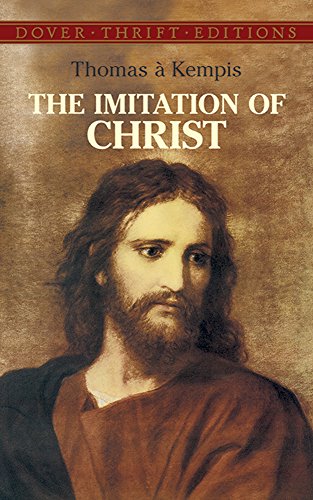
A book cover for The Imitation of Christ (Dover Thrift Editions); Thomas Ã  Kempis; Literature & Fiction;